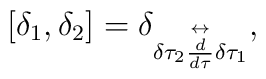
[\delta_{1},\delta_{2}]=\delta_{\delta \tau_{2}\stackrel{\leftrightarrow}{\frac{d}{d \tau}} \delta \tau_{1}},